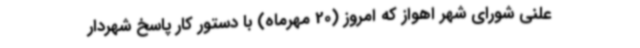
علنی شورای شهر اهواز که امروز (20 مهرماه) با دستور کار پاسخ شهردار